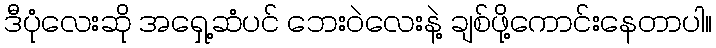
ဒီပုံလေးဆို အရှေ့ဆံပင် ဘေးဝဲလေးနဲ့ ချစ်ဖို့ကောင်းနေတာပါ။